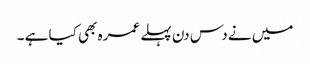
میں نے دس دن پہلے عمرہ بھی کیا ہے ۔